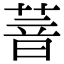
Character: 萻